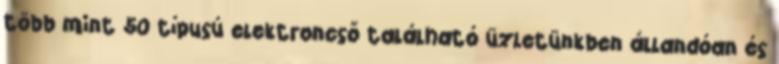
több mint 50 típusú elektroncső található üzletünkben állandóan és